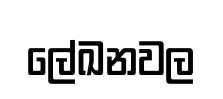
ලේඛනවල